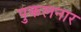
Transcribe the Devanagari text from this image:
पुकलनार